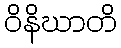
ဝိနိဃာတိ